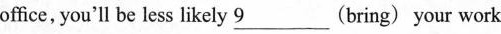
office, you'll be less likely \underline{9}(bring) your work